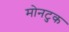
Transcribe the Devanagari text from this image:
मोनटुक